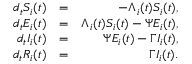
\begin{array} { r l r } { d _ { t } S _ { i } ( t ) } & { = } & { - \Lambda _ { i } ( t ) S _ { i } ( t ) , } \\ { d _ { t } E _ { i } ( t ) } & { = } & { \Lambda _ { i } ( t ) S _ { i } ( t ) - \Psi E _ { i } ( t ) , } \\ { d _ { t } I _ { i } ( t ) } & { = } & { \Psi E _ { i } ( t ) - \Gamma I _ { i } ( t ) , } \\ { d _ { t } R _ { i } ( t ) } & { = } & { \Gamma I _ { i } ( t ) . } \end{array}